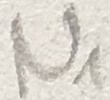
Text: N1